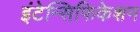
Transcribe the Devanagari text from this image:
इंटेन्सिफिकेशन